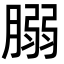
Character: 䐞